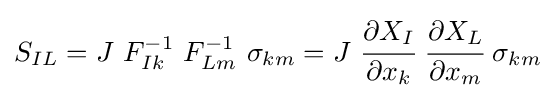
S_{IL}=J~F_{Ik}^{-1}~F_{Lm}^{-1}~\sigma _{km}=J~{\cfrac {\partial X_{I}}{\partial x_{k}}}~{\cfrac {\partial X_{L}}{\partial x_{m}}}~\sigma _{km}\!\,\!